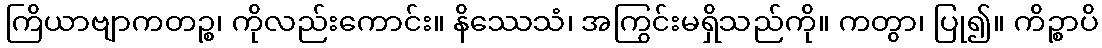
ကြိယာဗျာကတဉ္စ၊ ကိုလည်းကောင်း။ နိဿေသံ၊ အကြွင်းမရှိသည်ကို။ ကတွာ၊ ပြု၍။ ကိဉ္စာပိ